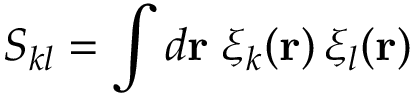
S _ { k l } = \int d { \bf r } \; \xi _ { k } ( { \bf r } ) \, \xi _ { l } ( { \bf r } )